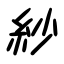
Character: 紗